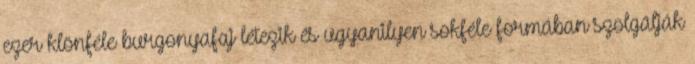
ezer klönféle burgonyafaj létezik és ugyanilyen sokféle formában szolgálják